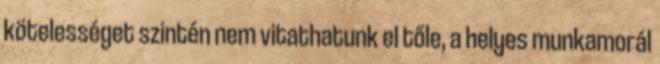
kötelességet szintén nem vitathatunk el tőle, a helyes munkamorál